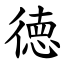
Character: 徳